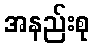
အနည်းစု